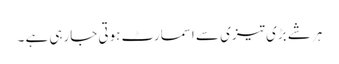
ہر شے بڑی تیزی سے اسمارٹ ہوتی جارہی ہے ۔